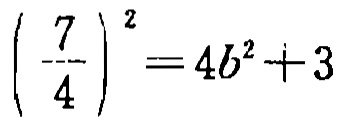
$\left(\frac{7}{4}\right)^{2}=4b^{2}+3$